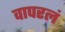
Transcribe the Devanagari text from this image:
वापरलं